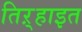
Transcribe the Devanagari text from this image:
तिऱ्हाइत